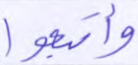
وأتبعوا